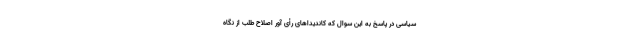
سیاسی در پاسخ به این سوال که کاندیداهای رأی آور اصلاح طلب از نگاه